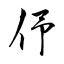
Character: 伃